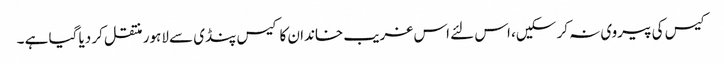
کیس کی پیروی نہ کر سکیں، اس لئے اس غریب خاندان کا کیس پنڈی سے لاہور منتقل کر دیا گیا ہے ۔